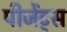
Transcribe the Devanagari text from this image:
पीजेंट्स